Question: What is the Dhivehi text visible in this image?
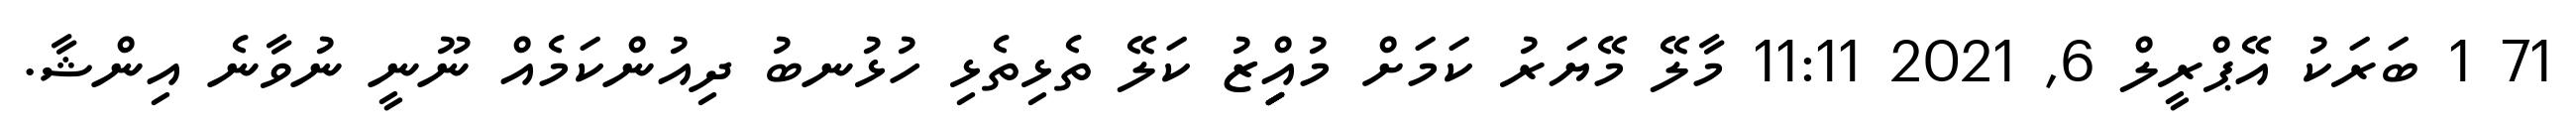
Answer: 71 1 ބަރަކު އޭޕްރީލް 6, 2021 11:11 މާލޭ މޭޔަރު ކަމަށް މުއިިިިިްޒު ކަލޭ ތެޅިތެޅި ހުޅުނބު ދިއުންކަމެއް ނޫނީ ނުވާނެ އިންޝާ.